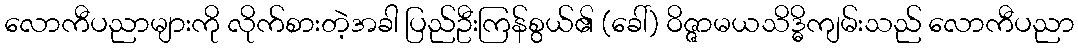
လောကီပညာများကို လိုက်စားတဲ့အခါ ပြည်ဦးကြန်စွယ်၏ (ခေါ်) ဝိဇ္ဇာမယသိဒ္ဓိကျမ်းသည် လောကီပညာ